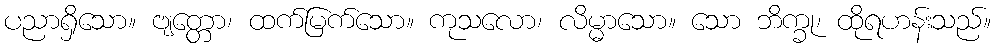
ပညာရှိသော။ ဗျတ္တော၊ ထက်မြက်သော။ ကုသလော၊ လိမ္မာသော။ သော ဘိက္ခု၊ ထိုရဟန်းသည်။